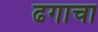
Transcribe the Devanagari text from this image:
ढगाचा